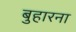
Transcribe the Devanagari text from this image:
बुहारना